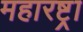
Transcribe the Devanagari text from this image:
महारष्ट्रा